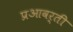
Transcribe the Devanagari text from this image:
प्रआवर्ती